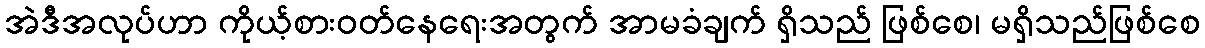
အဲဒီအလုပ်ဟာ ကိုယ့်စားဝတ်နေရေးအတွက် အာမခံချက် ရှိသည် ဖြစ်စေ၊ မရှိသည်ဖြစ်စေ